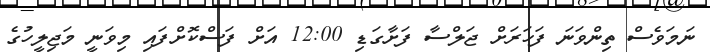
ނަމަވެސް ތިންވަނަ ފަހަރަށް ޖަލްސާ ފަށާގަޑި 12:00 އަށް ފަސްކޮށްފައި މިވަނީ މަޖިލީހުގެ